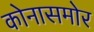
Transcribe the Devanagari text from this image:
कोनासमोर